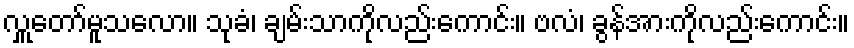
လှူတော်မူသလော။ သုခံ၊ ချမ်းသာကိုလည်းကောင်း။ ဗလံ၊ ခွန်အားကိုလည်းကောင်း။